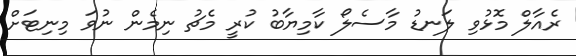
ރެއާލް މޮޅުވި ލަނޑު މާސެލޯ ކާމިޔާބު ކުރީ މެޗު ނިމެން ނުވަ މިނިޓަށް